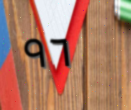
٩٦